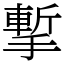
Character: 㨻